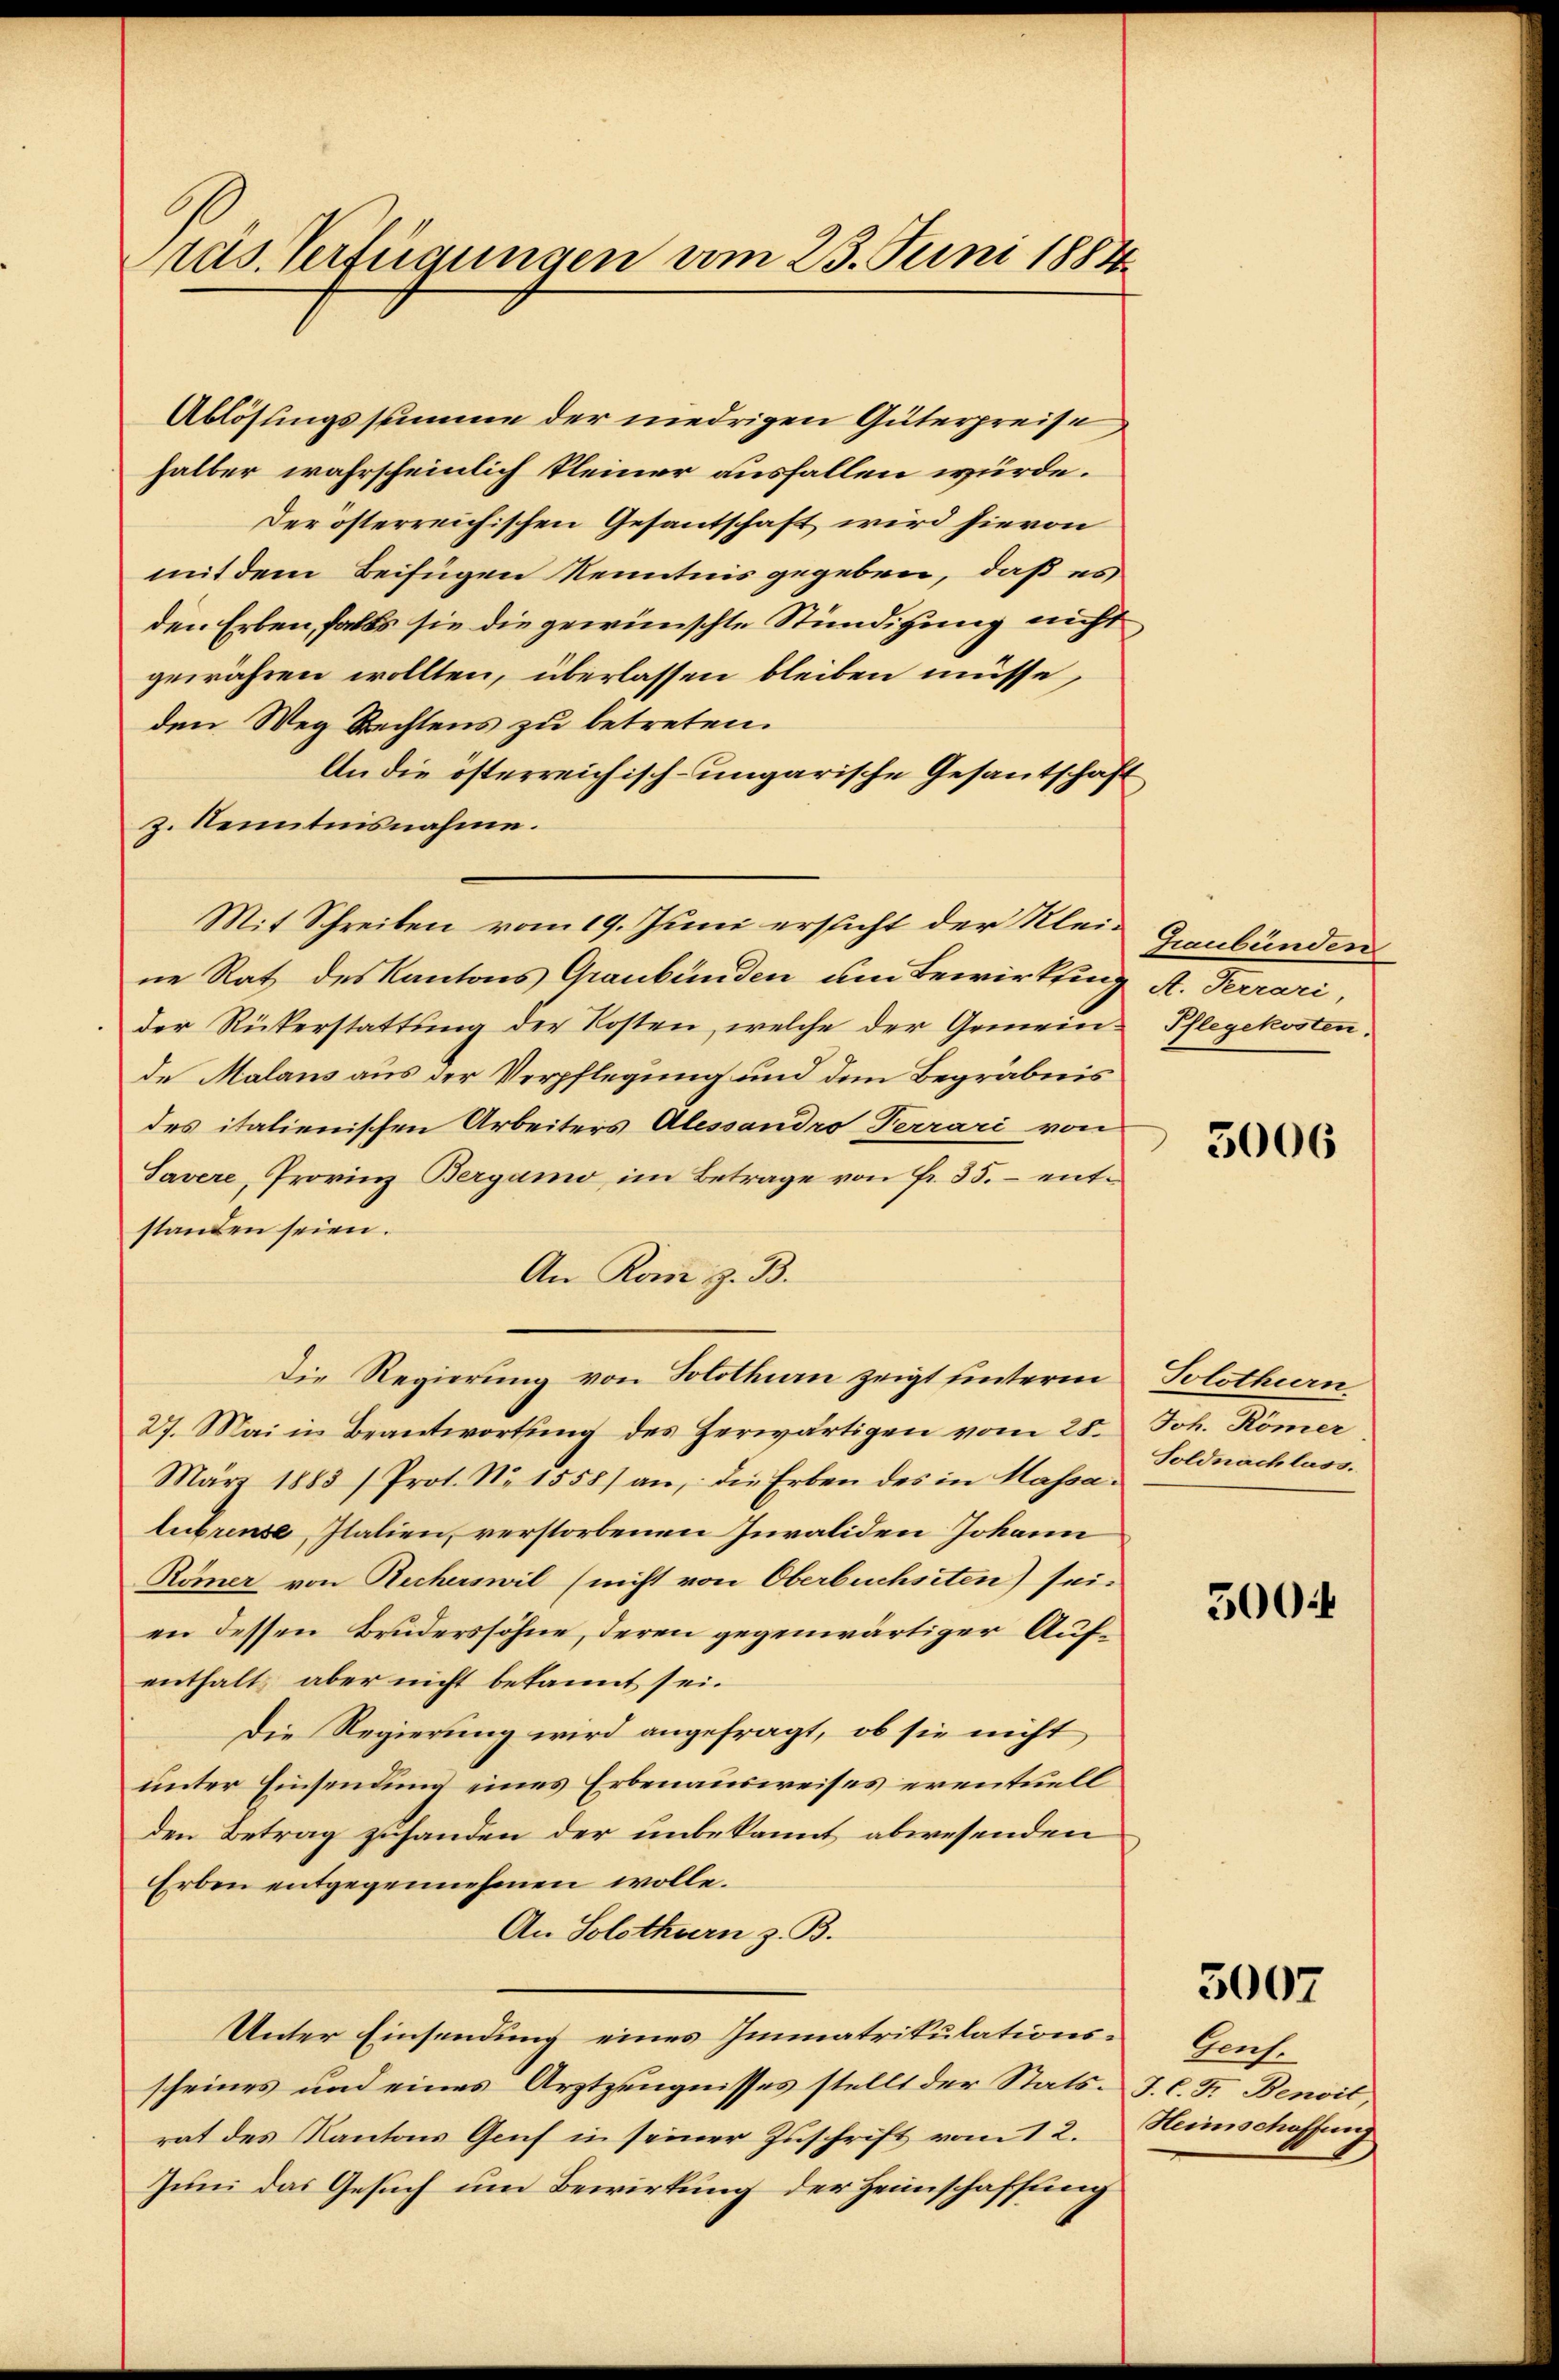
räs. Verfügungen am 23. Juni 1884

Ablösungssumme der niedrigen Güterpreise
halber wahrscheinlich kleiner ausfallen würde.
der österreichischen Gesantschaft wird hievon
mit dem Beifügen Kenntnis gegeben, daß es
den Erben, falls sie die gewünschte Stündigung nicht
gewähren wollten, überlassen bleiben müsse,
den Weg Rechtens zu betreten.
An die österreichisch-ungarische Gesantschäft
z. Kenntnisnahme.
Mit Schreiben vom 19. Juni ersucht der Kleine Rat des Kantons Graubünden um Bewirkung
der Rükerstattŭng der Kosten, welche der Gemein-
de Malans aus der Verpflegung und dem Begräbnis
des italienischen Arbeiters Alessandro Terrari von
Savere, Provinz Bergamo im Betrage von Fr. 35. – entstanden seien.
An Rom z. B.
Die Regierung von Solothurn zeigt hinterm
27. Mai in Beantwortung des herwärtigen vom 28.
März 1883 / Prot. No 1558) an: die Erben des in Massa-
lubrense, Italien, verstorbenen Invaliden Johann
Römer von Recherswil (nicht von Oberbuchsten) sei.
en dessen Bruderssöhne, deren gegenwärtiger Aufenthalt aber nicht bekannt sei.
Die Regierung wird angefragt, ob sie nicht
unter Einsendung eines Erbenausweises eventuell
den Betrag zuhanden der unbekannt abwesenden
Erben entgegennehmen wolle.
An Solothurn z. B.
Unter Einsendung eines Immatrikulationsscheines und eines Arztzeugnisses stellt der Stats. J. C. F. Benoit,
rat des Kantons Graf in seiner Zuschrift vom 12. Heimschaffeng
Juni das Gesuch um Bewirkung der Heimschaffung

Graubünden
A. Terrari,
Pflegekosten.

5006

Solothurn
Joh. Römer
Soldnachlass.

500.

5007

Genf.